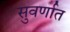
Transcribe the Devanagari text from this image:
सुवर्णात